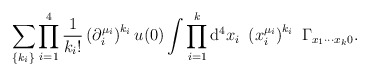
\begin{align*}\sum_{\{k_{i}\}}\prod_{i=1}^{4}\frac{1}{k_{i}!}\left( \partial _{i}^{\mu_{i}}\right) ^{k_{i}}u(0)\int \prod_{i=1}^{k}{\rm d}^{4}x_{i}~\left(x_{i}^{\mu _{i}}\right) ^{k_{i}}~\Gamma _{x_{1}\cdots x_{k}0}.\end{align*}